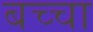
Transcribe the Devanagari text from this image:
बच्‍चा